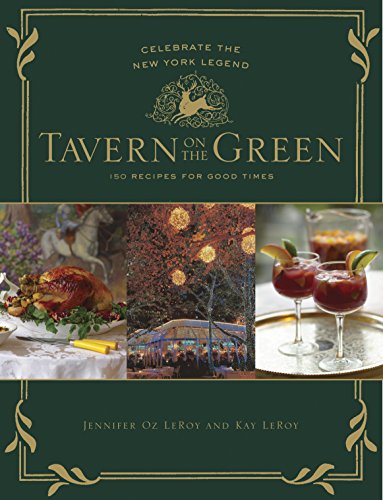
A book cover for Tavern on the Green: 125 Recipes For Good Times, Celebrating The New York Legend; Jennifer Oz LeRoy; Cookbooks, Food & Wine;